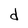
Character: d